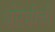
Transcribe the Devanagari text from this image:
थोरवीची